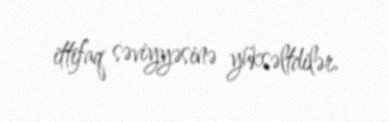
ittifaq səviyyəsinə yüksəltdilər.